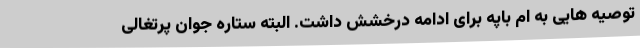
توصیه هایی به ام باپه برای ادامه درخشش داشت. البته ستاره جوان پرتغالی